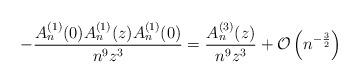
LaTeX: \begin{align*} - \frac{A_n^{(1)}(0)A_n^{(1)}(z) A_n^{(1)}(0)}{n^9z^3} = \frac{A_n^{(3)}(z)}{n^9 z^3}+ \mathcal{O}\left(n^{-\frac{3}{2}}\right) \end{align*}